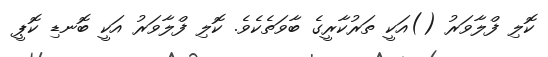
ކޮލި ފްލާވަރު ()އަކީ ތަރުކާރީގެ ބާވަތެކެވެ. ކޮލި ފްލާވަރު އަކީ ބޮނޑި ކޮޕީ